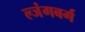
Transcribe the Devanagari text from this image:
ल्जंगबर्ग